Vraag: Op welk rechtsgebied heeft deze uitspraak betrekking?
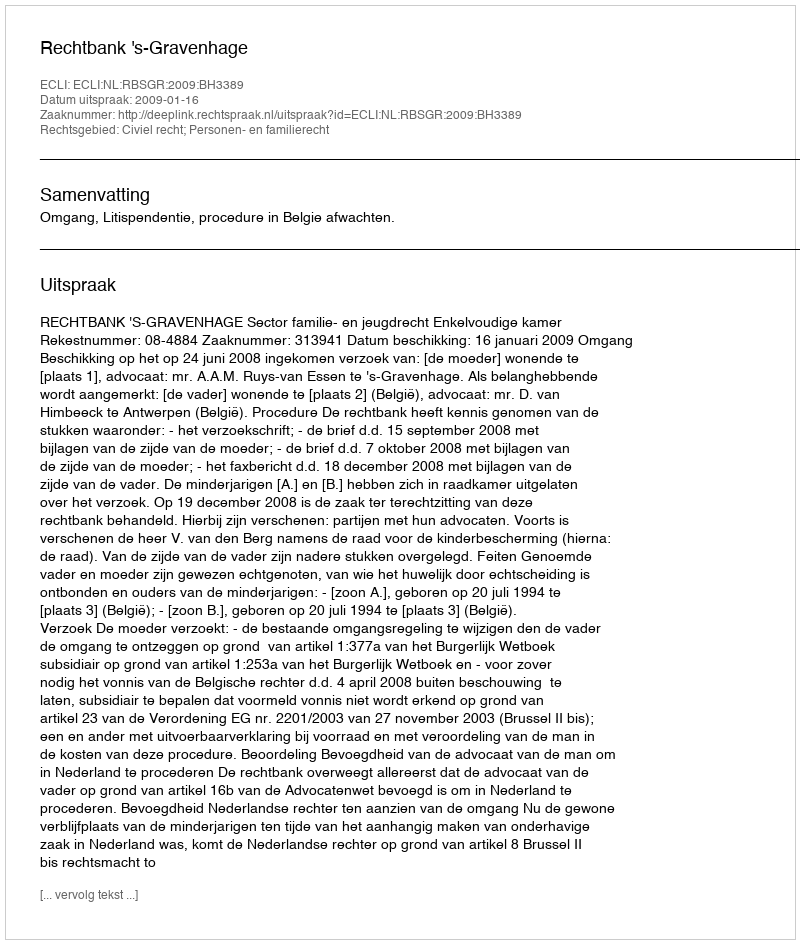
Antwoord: Civiel recht; Personen- en familierecht